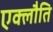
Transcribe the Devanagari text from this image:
एक्लौति